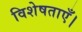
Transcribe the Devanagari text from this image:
विशेषताएँ।